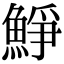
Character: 䱢